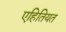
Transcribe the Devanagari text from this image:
एहितियत